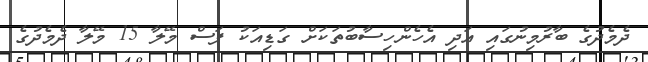
ދެމެދުގެ ބާރުމިނުގައި އަދި އެހެންހިސާބުތަކަށް ގަޑިއަކު ފަސް މޭލާ 15 މޭލާ ދެމެދުގެ